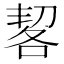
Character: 㗉